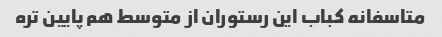
متاسفانه کباب این رستوران از متوسط هم پایین تره